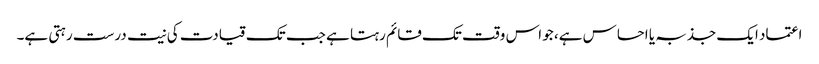
اعتماد ایک جذبہ یا احساس ہے، جو اس وقت تک قائم رہتا ہے جب تک قیادت کی نیت درست رہتی ہے۔